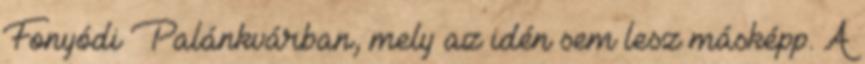
Fonyódi Palánkvárban, mely az idén sem lesz másképp. A